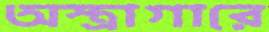
অস্ত্রাগারে